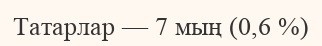
Татарлар — 7 мың (0,6 %)